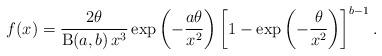
LaTeX: \begin{align*}f(x)=\frac{2\theta}{\operatorname{B}(a,b)\,x^3}\exp\left(-\frac{a\theta}{x^2}\right)\left[1-\exp\left(-\frac{\theta}{x^2}\right)\right]^{b-1}.\end{align*}